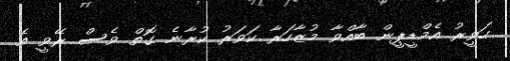
ހަވީރު އެމްޑީޕީން ބާއްވާ މުޒާހަރާ ކަވަރު ކުރާނެ ގޮތް ވެސް ރޭވީ އެ